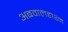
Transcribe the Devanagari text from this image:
अबवालहाश्म